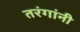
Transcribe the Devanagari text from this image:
तरंगांनी